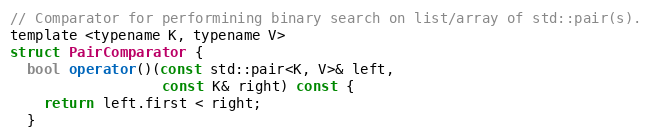
Language: C
// Comparator for performining binary search on list/array of std::pair(s).
template <typename K, typename V>
struct PairComparator {
  bool operator()(const std::pair<K, V>& left,
                  const K& right) const {
    return left.first < right;
  }